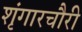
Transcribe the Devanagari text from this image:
शृंगारचौरी